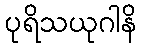
ပုရိသယုဂါနိ